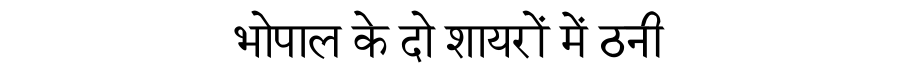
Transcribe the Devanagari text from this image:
भोपाल के दो शायरों में ठनी